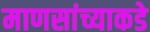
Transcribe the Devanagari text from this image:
माणसांच्याकडे